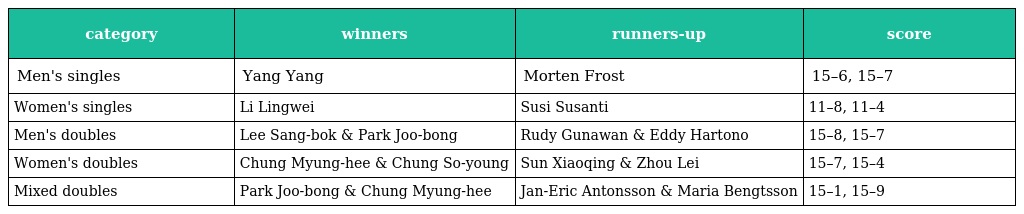
| category | winners | runners-up | score |
 | --- | --- | --- | --- |
 | Men's singles | Yang Yang | Morten Frost | 15–6, 15–7 |
 | Women's singles | Li Lingwei | Susi Susanti | 11–8, 11–4 |
 | Men's doubles | Lee Sang-bok & Park Joo-bong | Rudy Gunawan & Eddy Hartono | 15–8, 15–7 |
 | Women's doubles | Chung Myung-hee & Chung So-young | Sun Xiaoqing & Zhou Lei | 15–7, 15–4 |
 | Mixed doubles | Park Joo-bong & Chung Myung-hee | Jan-Eric Antonsson & Maria Bengtsson | 15–1, 15–9 |